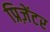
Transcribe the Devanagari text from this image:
प्रिज़ेंटर